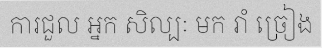
ការជួល អ្នក សិល្បៈ មក រាំ ច្រៀង